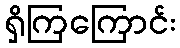
ရှိကြကြောင်း